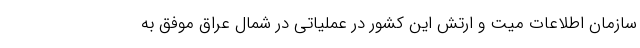
سازمان اطلاعات میت و ارتش این کشور در عملیاتی در شمال عراق موفق به